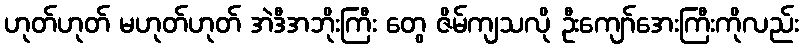
ဟုတ်ဟုတ် မဟုတ်ဟုတ် အဲဒီအဘိုးကြီး တွေ ဇိမ်ကျသလို ဦးကျော်အေးကြီးကိုလည်း